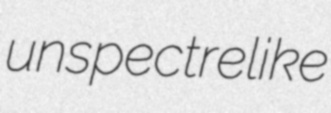
unspectrelike